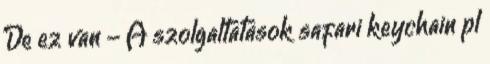
De ez van - A szolgaltatasok safari keychain pl